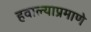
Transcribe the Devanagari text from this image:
हवाल्याप्रमाणे